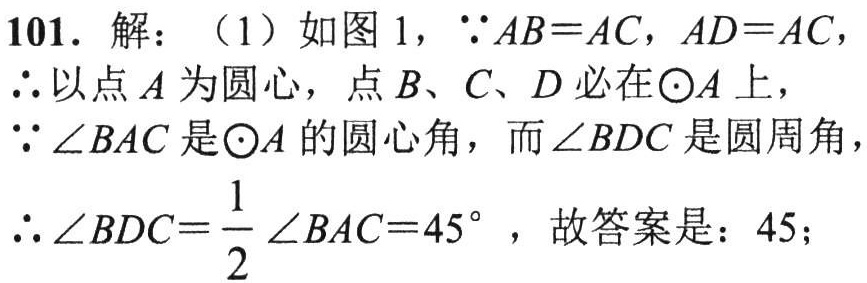
101. 解：（1）如图 1，\(\because AB = AC\)，\(AD = AC\)，

\(\therefore\)以点\(A\)为圆心，点\(B\)、\(C\)、\(D\)必在\(\odot A\)上，

\(\because\angle BAC\)是\(\odot A\)的圆心角，而\(\angle BDC\)是圆周角，

\(\therefore\angle BDC=\dfrac{1}{2}\angle BAC = 45^{\circ}\)，故答案是：\(45\)；